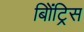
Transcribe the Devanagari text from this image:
बिॲट्रिस